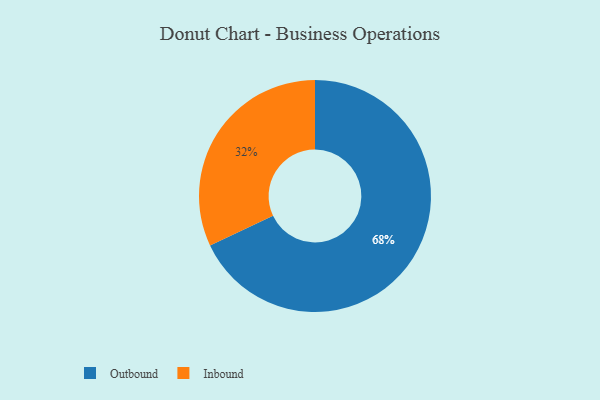
{"axis": {"x": "Category", "y": "Percentage"}, "legend": ["Inbound", "Outbound"], "data": [{"x": "Inbound", "y": 32, "type": "Inbound"}, {"x": "Outbound", "y": 68, "type": "Outbound"}]}